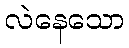
လဲနေသော